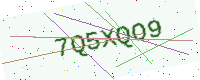
Text: 7Q5XQO9